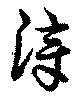
漳